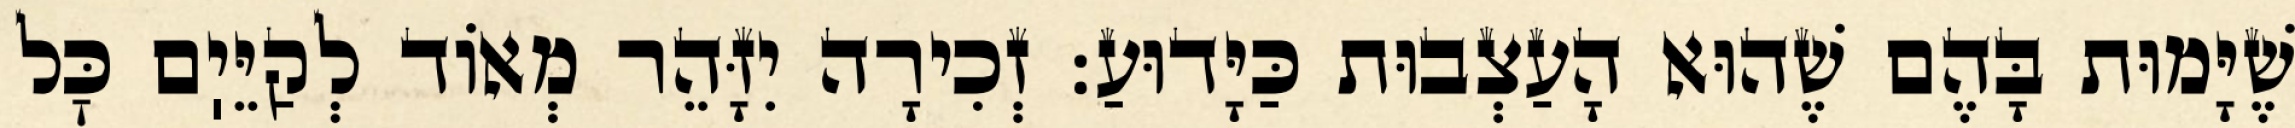
שֶׁיָּמוּת בָּהֶם שֶׁהוּא הָעַצְבוּת כַּיָּדוּעַ: זְכִירָה יִזָּהֵר מְאוֹד לְקַיֵּיֽם כׇּל